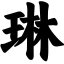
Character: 琳